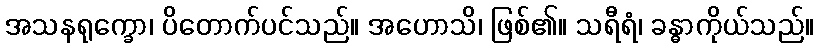
အသနရုက္ခော၊ ပိတောက်ပင်သည်။ အဟောသိ၊ ဖြစ်၏။ သရီရံ၊ ခန္ဓာကိုယ်သည်။